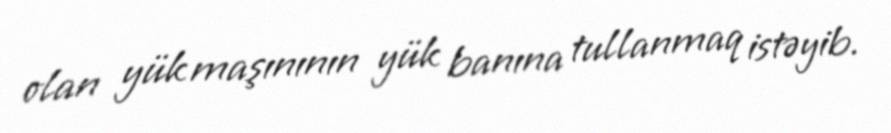
olan yük maşınının yük banına tullanmaq istəyib.